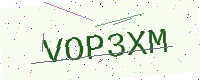
Text: VOP3XM